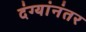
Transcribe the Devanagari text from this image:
दंग्यांनंतर